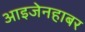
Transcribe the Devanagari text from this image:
आइजेनहाबर